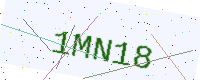
Text: 1MN18